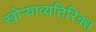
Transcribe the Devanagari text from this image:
खोऱ्याव्यतिरिक्त